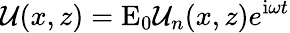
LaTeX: \mathcal{U}(x,z)=\mathrm{E}_{0}\mathcal{U}_{n}(x,z)e^{\mathrm{i}\omega t}